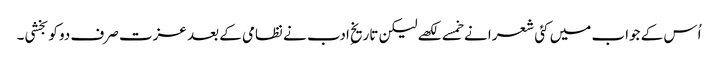
اُس کے جواب میں کئی شعرا نے خمسے لکھے لیکن تاریخِ ادب نے نظامی کے بعد عزت صرف دو کو بخشی۔